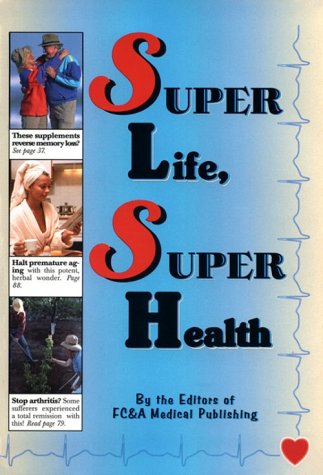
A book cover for Super Life, Super Health; FC&A; Health, Fitness & Dieting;